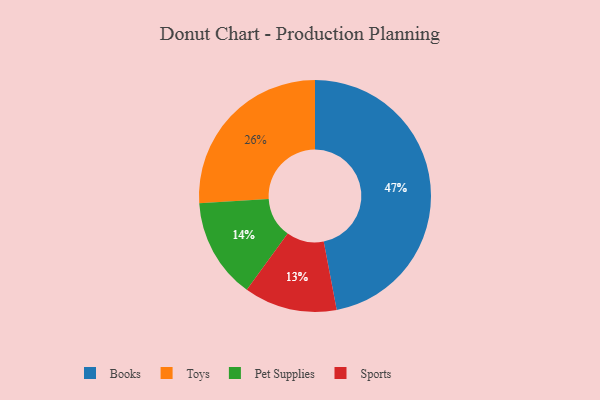
{"axis": {"x": "Category", "y": "Percentage"}, "legend": ["Books", "Pet Supplies", "Sports", "Toys"], "data": [{"x": "Sports", "y": 13, "type": "Sports"}, {"x": "Pet Supplies", "y": 14, "type": "Pet Supplies"}, {"x": "Books", "y": 47, "type": "Books"}, {"x": "Toys", "y": 26, "type": "Toys"}]}